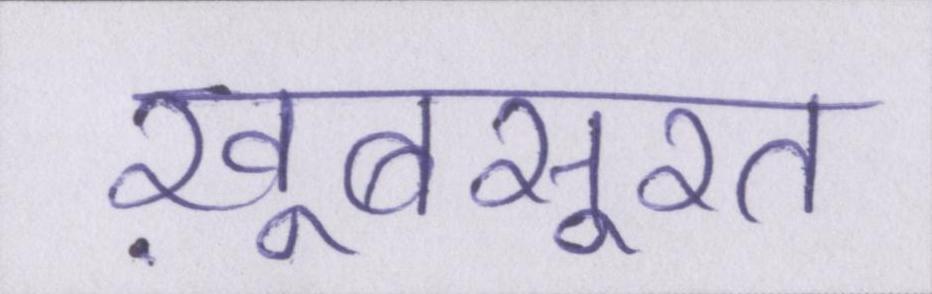
ख़ूबसूरत